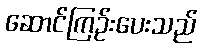
ဆောင်ကြဉ်းပေးသည်